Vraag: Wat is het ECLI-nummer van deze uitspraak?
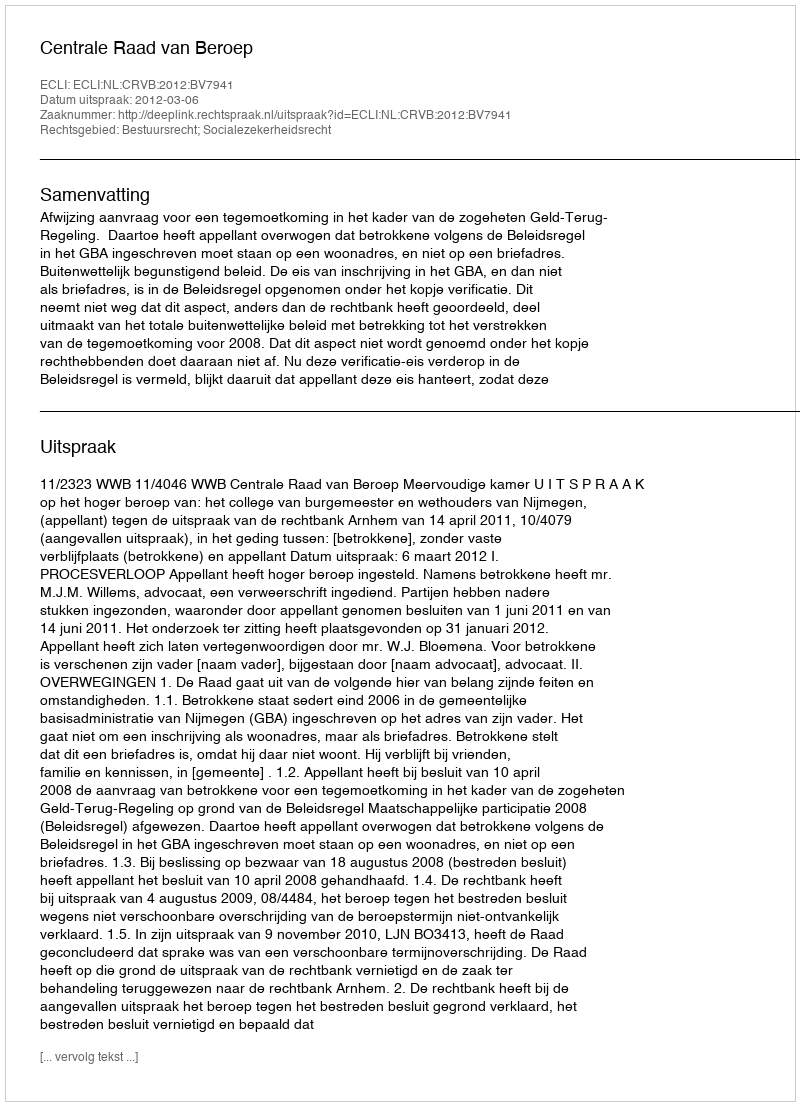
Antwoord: ECLI:NL:CRVB:2012:BV7941